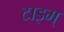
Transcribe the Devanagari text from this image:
टाइम्